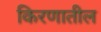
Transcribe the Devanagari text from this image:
किरणातील